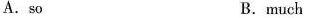
A.so B.much